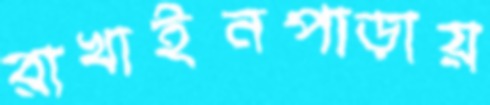
রাখাইনপাড়ায়